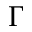
\Gamma